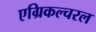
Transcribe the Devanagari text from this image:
एग्रिकल्चरल